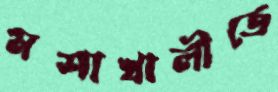
মশাখালীতে